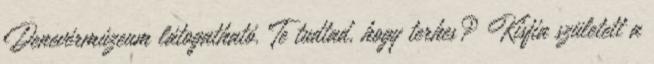
Denevérmúzeum látogatható. Te tudtad, hogy terhes? Kisfia született a